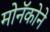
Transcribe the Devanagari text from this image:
मोनॅकोने